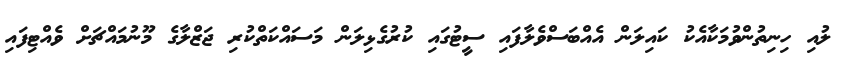
ލުއި ހިނިތުންވުމަކާއެކު ކައިލަން އެއްބަސްވެލާފައި ސީޓުގައި ކުރުގެޅިލަން މަސައްކަތްކުރި ޖަޒްލާގެ މޫނުމައްޗަށް ވެއްޓިފައި